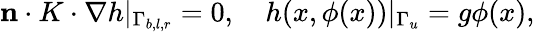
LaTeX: \begin{array}{r}{\mathbf{n}\cdot K\cdot\nabla h|_{\Gamma_{b,l,r}}=0,\quad h(x,\phi(x))|_{\Gamma_{u}}=g\phi(x),}\end{array}